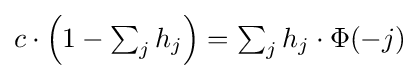
{\textstyle c\cdot \left(1-\sum _{j}h_{j}\right)=\sum _{j}h_{j}\cdot \Phi (-j)}